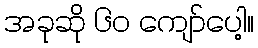
အခုဆို ၆၀ ကျော်ပေါ့။